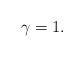
LaTeX: \begin{align*}\gamma = 1. \end{align*}